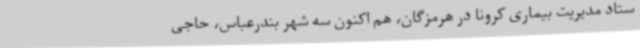
ستاد مدیریت بیماری کرونا در هرمزگان، هم اکنون سه شهر بندرعباس، حاجی